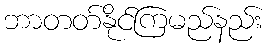
ဘာတတ်နိုင်ကြမည်နည်း